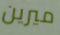
ميرين